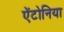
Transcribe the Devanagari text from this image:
ऐंटोनिया